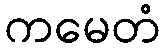
ကမေတံ